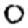
Digit: 0